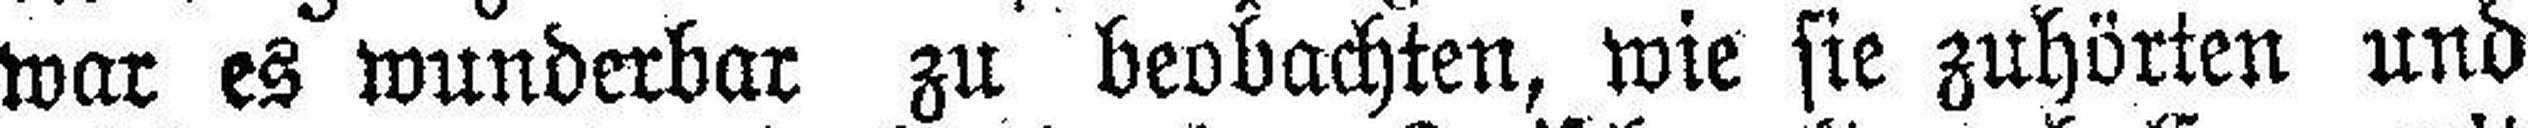
war es wunderbar zu beobachten, wie sie zuhörten und